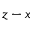
z - x